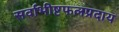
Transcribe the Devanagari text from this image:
सर्वाभीष्टफलप्रदाय